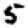
Digit: 5